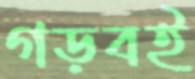
গড়বই